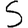
Digit: 5